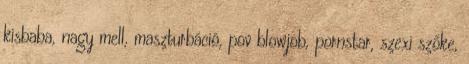
kisbaba, nagy mell, maszturbáció, pov blowjob, pornstar, szexi szőke,